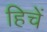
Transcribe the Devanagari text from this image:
हिचें